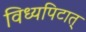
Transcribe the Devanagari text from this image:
विध्यपिटात्